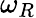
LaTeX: \omega_{R}